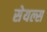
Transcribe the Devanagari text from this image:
सेयल्स